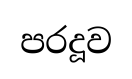
පරදූව